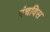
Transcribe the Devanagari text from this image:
पंचविस